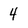
Character: 4